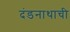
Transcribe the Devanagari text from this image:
दंडनाथाची